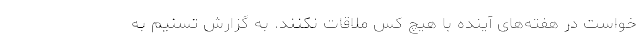
خواست در هفته‌های آینده با هیچ کس ملاقات نکنند. به گزارش تسنیم به